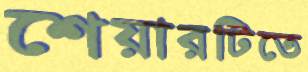
শেয়ারটিতে